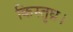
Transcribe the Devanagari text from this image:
किस्तुघ्न।